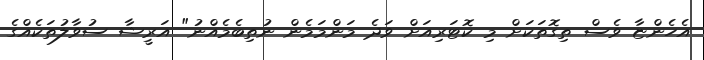
އެހެންޏާ ވެސް ތިގޮތަކަށް މި ކޮޓަރިއަށް ވަދެ މަންމަމެން ނުތިބެމެއްނު" އަރީޝާ ސުވާލުތަކެއްގެ